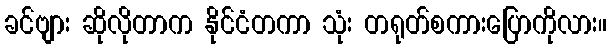
ခင်ဗျား ဆိုလိုတာက နိုင်ငံတကာ သုံး တရုတ်စကားပြောကိုလား။